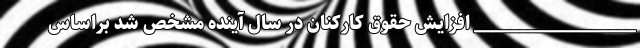
__________________ افزایش حقوق کارکنان در سال آینده مشخص شد براساس